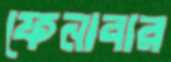
ফেনাবার